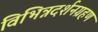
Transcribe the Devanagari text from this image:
विभिन्नदर्शनग्रहण